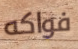
فواكه